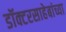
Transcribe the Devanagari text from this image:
डॉक्टरसाहेबांच्या